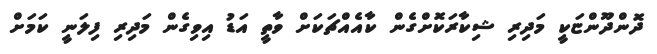
ދޮންދޫންޏަކީ މަދިރި ޝިކާރަކޮށްގެން ކާއެއްޗަކަށް ވާތީ އަޑު އިވިގެން މަދިރި ފިލަނީ ކަމަށް